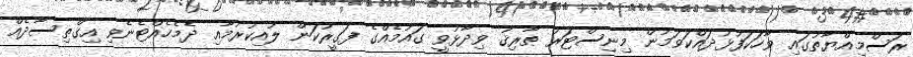
ރަސްމިއްޔާތުގައި ވާހަކަފުޅުދައްކަވަމުން މިނިސްޓަރު ޠާރިޤު ވިދާޅުވީ ގައުމެއްގެ ފަގީރުކަން ލުއިކުރުމާއި ދެމެހެއްޓެނެވި އިގްތިސާދެއް